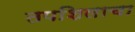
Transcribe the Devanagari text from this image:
तपशिलाचा